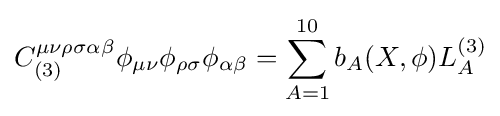
C_{(3)}^{\mu \nu \rho \sigma \alpha \beta }\phi _{\mu \nu }\phi _{\rho \sigma }\phi _{\alpha \beta }=\sum _{A=1}^{10}b_{A}(X,\phi )L_{A}^{(3)}